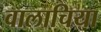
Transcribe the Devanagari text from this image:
वालाचिया